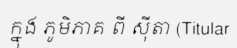
ក្នុង ភូមិភាគ ពី ស៊ីតា (Titular